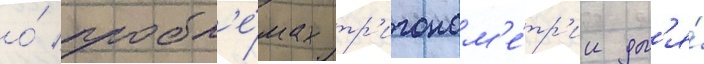
о́ пробл'е́мах тр'игоном'е́тр'ии дл'я́